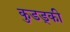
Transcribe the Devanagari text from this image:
कुडड्की